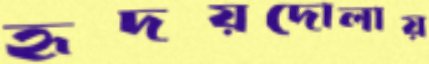
হৃদয়দোলায়